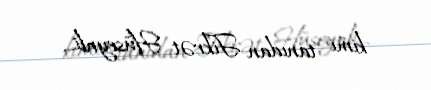
kimi tanıdan Fikrət Hüseynli...